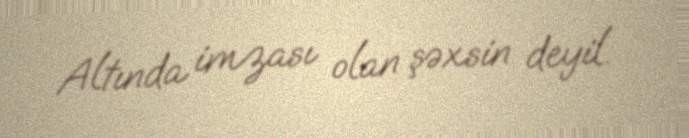
Altında imzası olan şəxsin deyil.